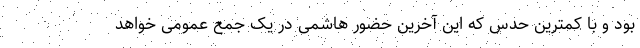
بود و با کمترین حدس که این آخرین حضور هاشمی در یک جمع عمومی خواهد